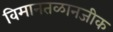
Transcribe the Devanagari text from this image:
विमानतळानजीक